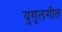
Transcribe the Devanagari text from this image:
युगुलगीत